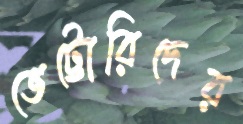
ভেট্টোরিদের